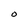
Character: O